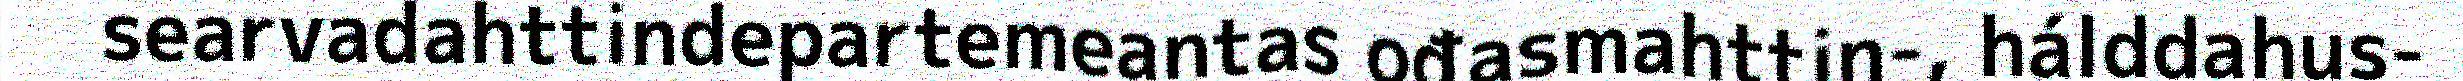
searvadahttindepartemeantas ođasmahttin-, hálddahus-